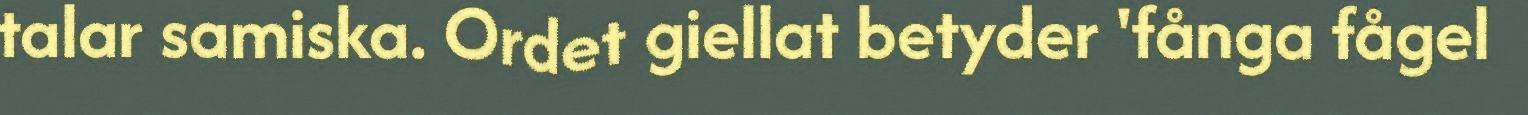
talar samiska. Ordet giellat betyder 'fånga fågel